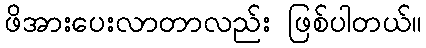
ဖိအားပေးလာတာလည်း ဖြစ်ပါတယ်။